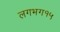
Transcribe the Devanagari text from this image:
लगभग१५